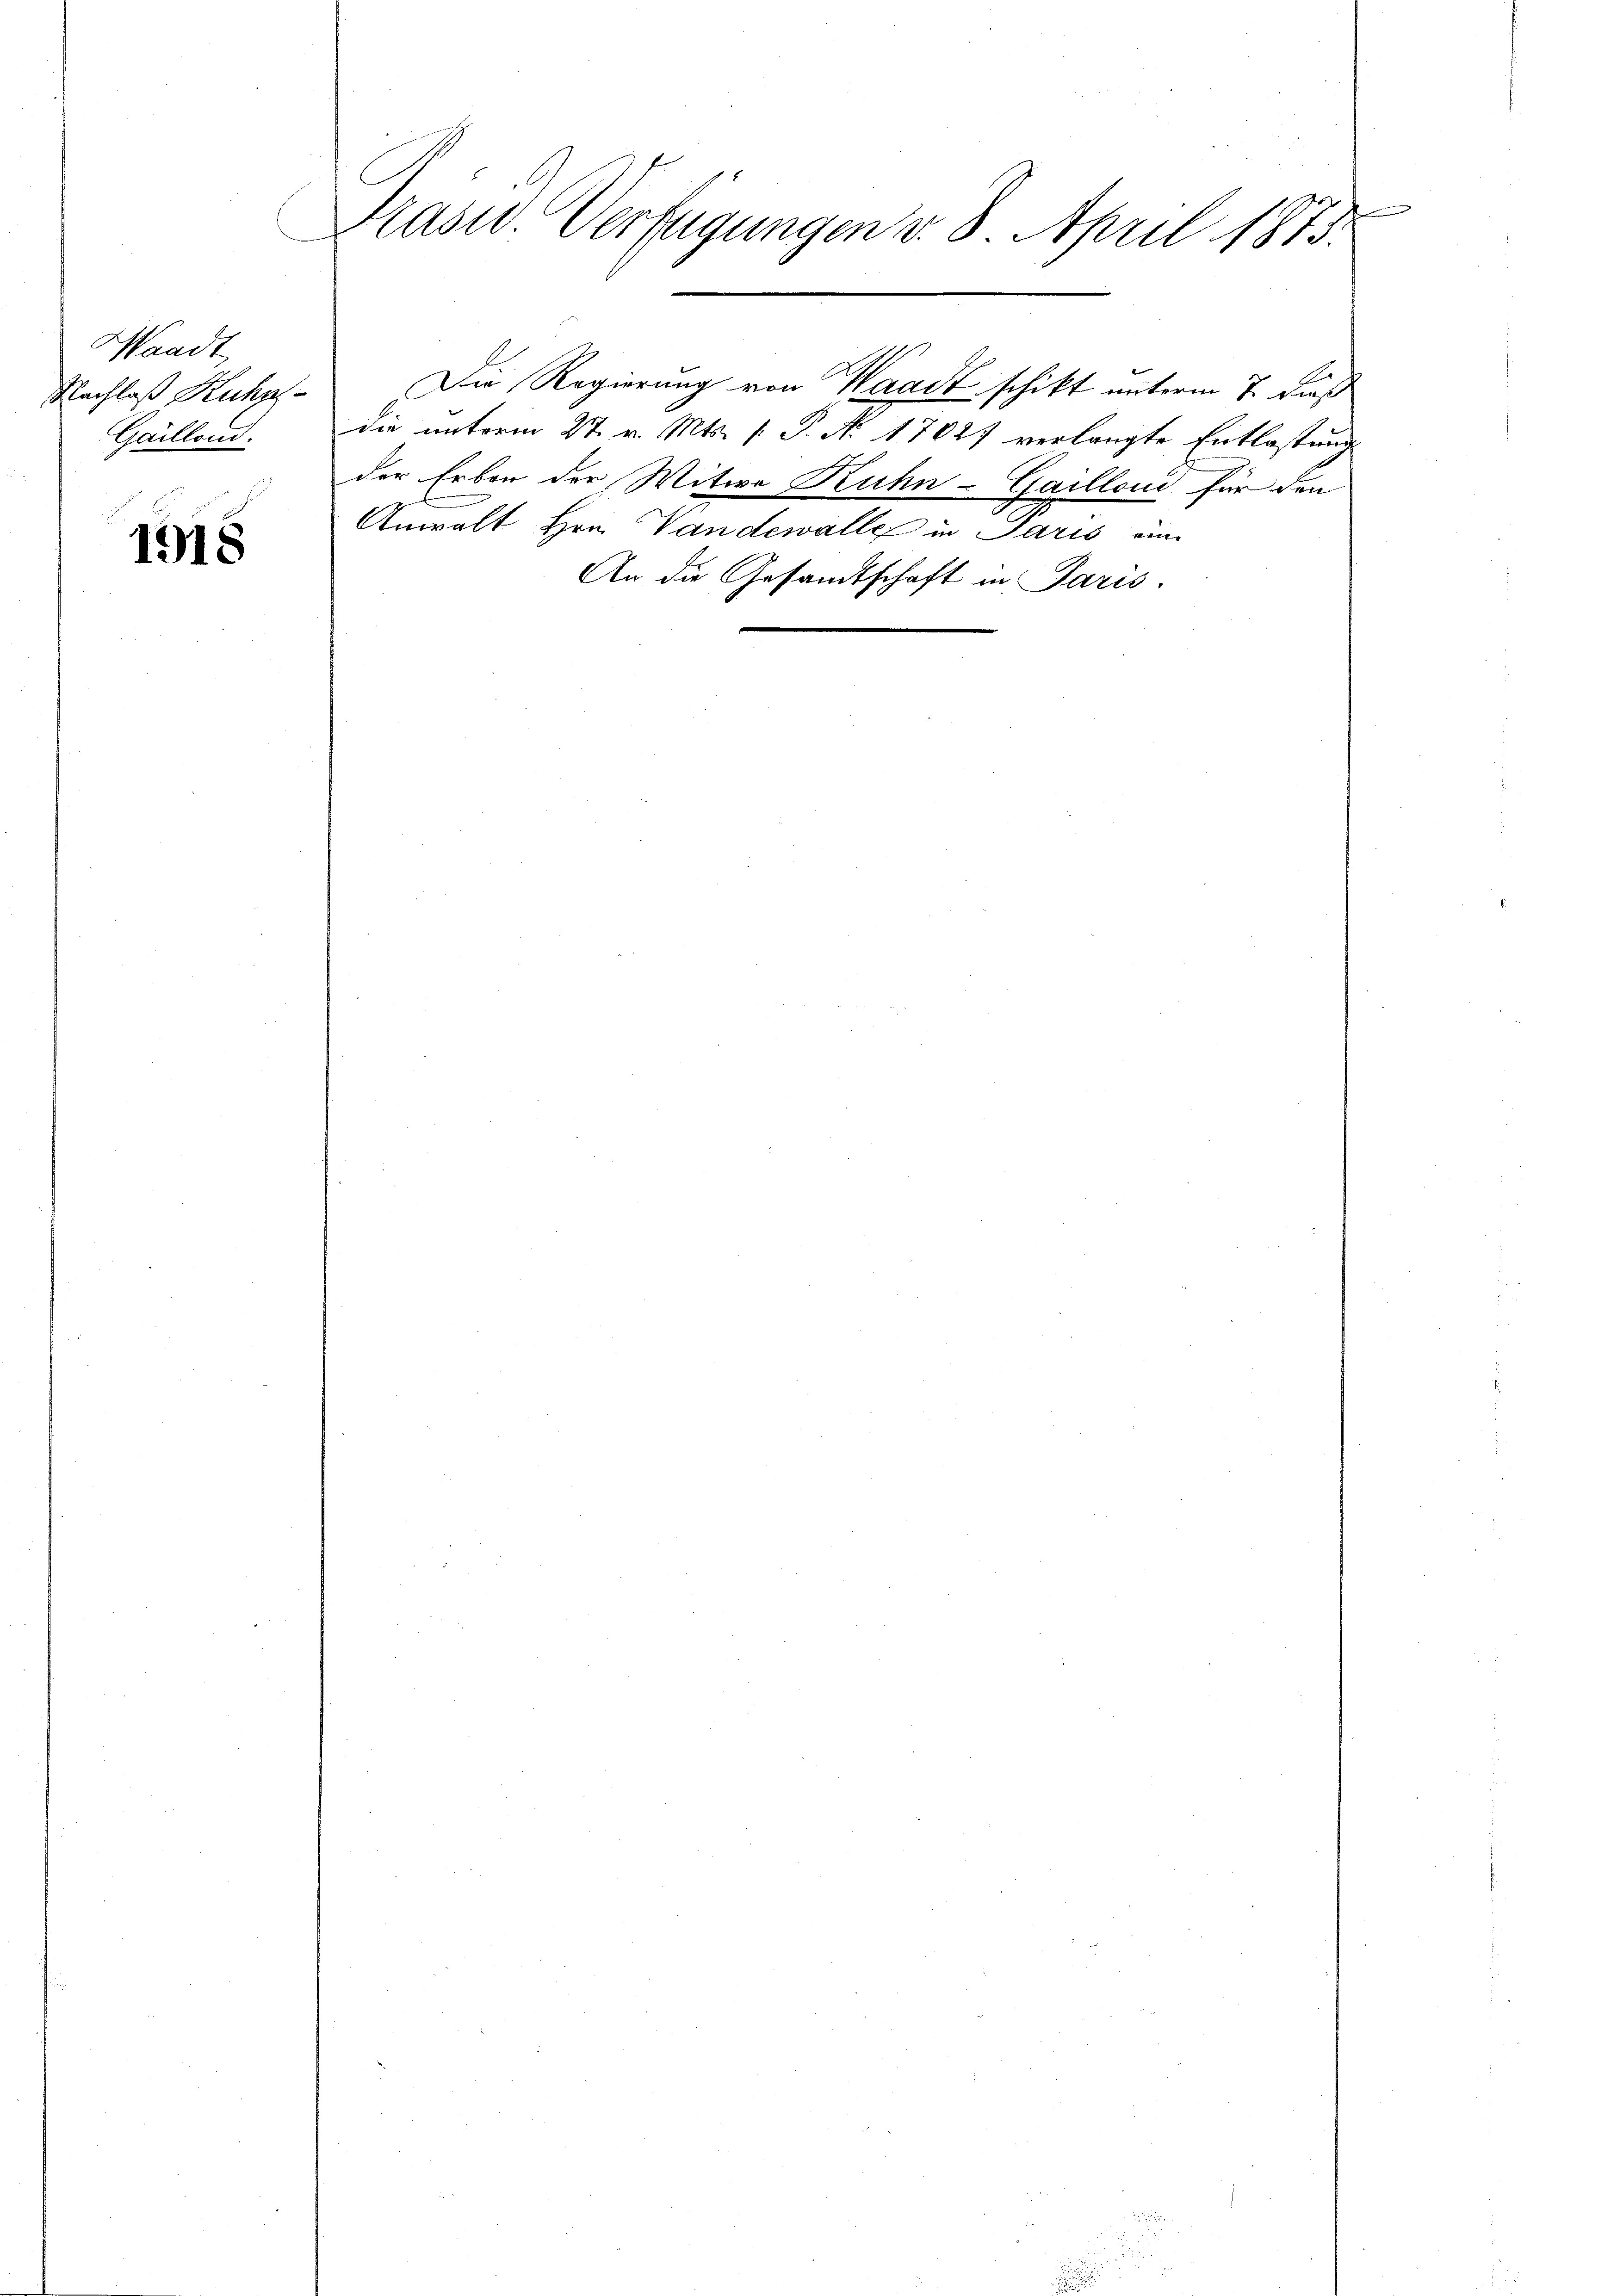
Waadt,
Nachlaß Kuhns
Gaillond.

1918

Präsid. Verfügungen v. 8. April 1875.

die unterm 27. v. Mts. f. P. No. 17027 verlangte Entlastung
der Erben der Witwe Ruhn-Gailloni für den
Anwalt Hrn. Vandewalle in Paris ein
An die Gesandtschaft in Paris.

Die Regierung von Waadt schikt unterm 7. dieß